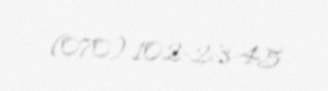
(070) 102-23-45